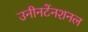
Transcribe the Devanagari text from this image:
उनीनटेंनशनल